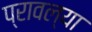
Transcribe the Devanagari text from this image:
प्रावल्या